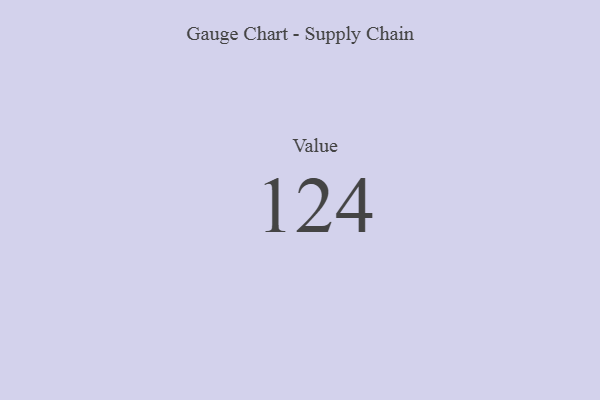
{"axis": {"x": "Metric", "y": "Value"}, "legend": [""], "data": [{"x": "Value", "y": 124, "type": ""}]}